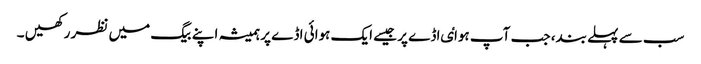
سب سے پہلے بند، جب آپ ہواٸ اڈے پر جیسے ایک ہوائی اڈے پر ہمیشہ اپنے بیگ میں نظر رکھیں ۔